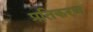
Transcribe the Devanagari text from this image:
प्रतिकरण